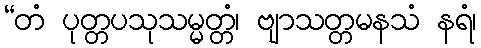
“တံ ပုတ္တပသုသမ္မတ္တံ၊ ဗျာသတ္တမနသံ နရံ၊